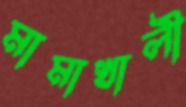
মামাখালী